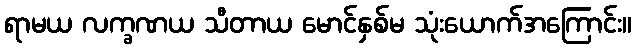
ရာမယ လက္ခဏယ သီတာယ မောင်နှစ်မ သုံးယောက်အကြောင်း။